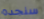
سنجده